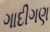
ગાદીગણ